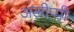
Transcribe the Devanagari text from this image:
अलीप्पी